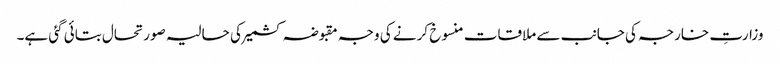
وزارتِ خارجہ کی جانب سے ملاقات منسوخ کرنے کی وجہ مقبوضہ کشمیر کی حالیہ صورتحال بتائی گئی ہے۔